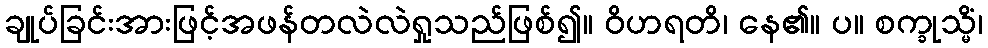
ချုပ်ခြင်းအားဖြင့်အဖန်တလဲလဲရှုသည်ဖြစ်၍။ ဝိဟရတိ၊ နေ၏။ ပ။ စက္ခုသ္မိံ၊